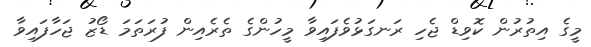
މީގެ އިތުރުން ކޮވިޑް ޖެހި ރަނގަޅުވެފައިވާ މީހުންގެ ތެރެއިން ފުރަތަމަ ޑޯޒު ޖަހާފައިވާ